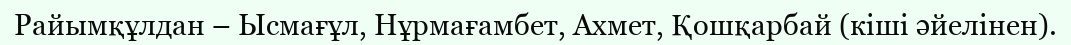
Райымқұлдан – Ысмағұл, Нұрмағамбет, Ахмет, Қошқарбай (кіші әйелінен).